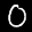
Label: 0